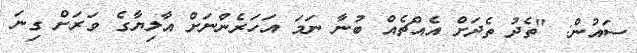
ސައުން: "ތެދު ތެދަށް އެއްޗެއް ބުނާ ނަމަ އަހަރެންނަށް އާލިޔާގެ ވަރަށް ގިނަ